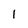
Character: 1